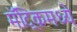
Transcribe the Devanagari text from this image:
मॅट्रिकमध्ये